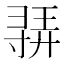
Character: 𫴳